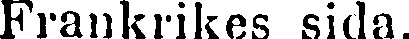
Frankrikes sida.